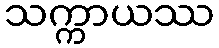
သက္ကာယဿ